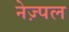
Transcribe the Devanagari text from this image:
नेज़्पल